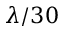
\lambda / 3 0